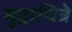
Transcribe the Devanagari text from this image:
मुद्राचित्रे